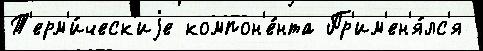
Т'ерм'и́ческ'иjе компон'е́нта Пр'им'ен'я́лс'я